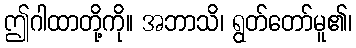
ဤဂါထာတို့ကို။ အဘာသိ၊ ရွတ်တော်မူ၏၊